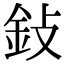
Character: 鈙